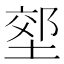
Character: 𭏇